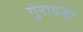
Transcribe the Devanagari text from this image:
गुरावड़ा